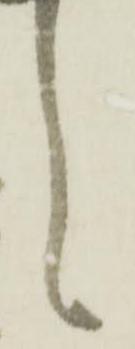
言